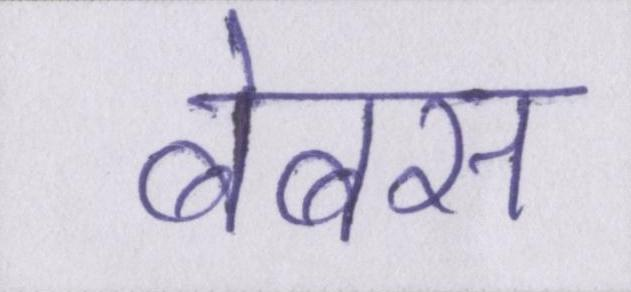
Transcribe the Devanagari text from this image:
बेबस